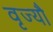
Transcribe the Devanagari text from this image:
वृज्यौ